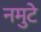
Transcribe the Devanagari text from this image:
नमुटे